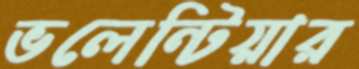
ভলেন্টিয়ার